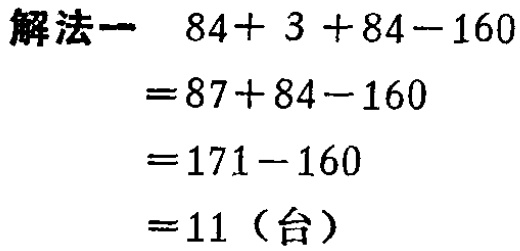
```
解法一  \(84 + 3 + 84 - 160\)
\(= 87 + 84 - 160\)
\(= 171 - 160\)
\(= 11\)（台）
```